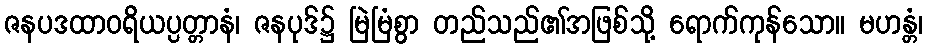
ဇနပဒထာဝရိယပ္ပတ္တာနံ၊ ဇနပုဒ်၌ မြဲမြံစွာ တည်သည်၏အဖြစ်သို့ ရောက်ကုန်သော။ မဟန္တံ၊